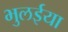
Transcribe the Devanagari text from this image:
भुलईया